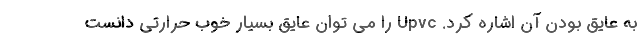
به عایق بودن آن اشاره کرد. Upvc را می توان عایق بسیار خوب حرارتی دانست